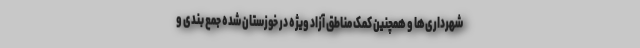
شهرداری‌ها و همچنین کمک‌ مناطق آزاد ویژه در خوزستان شده جمع بندی و